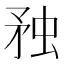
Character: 䂈